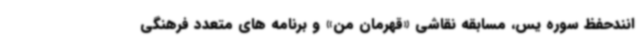
انندحفظ سوره یس، مسابقه نقاشی «قهرمان من» و برنامه های متعدد فرهنگی